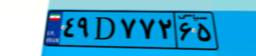
۸۰D۹۵۱۱۶